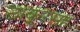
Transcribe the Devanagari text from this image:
ठाकूरसह